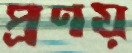
প্রণয়